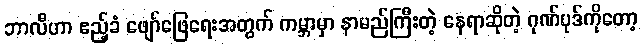
ဘာလီဟာ ဧည့်ခံ ဖျော်ဖြေရေးအတွက် ကမ္ဘာမှာ နာမည်ကြီးတဲ့ နေရာဆိုတဲ့ ဂုဏ်ပုဒ်ကိုတော့